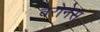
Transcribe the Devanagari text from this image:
बेरोनेस